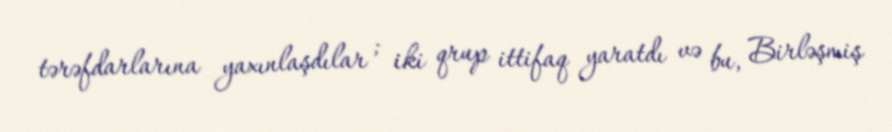
tərəfdarlarına yaxınlaşdılar ; iki qrup ittifaq yaratdı və bu, Birləşmiş